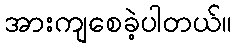
အားကျစေခဲ့ပါတယ်။